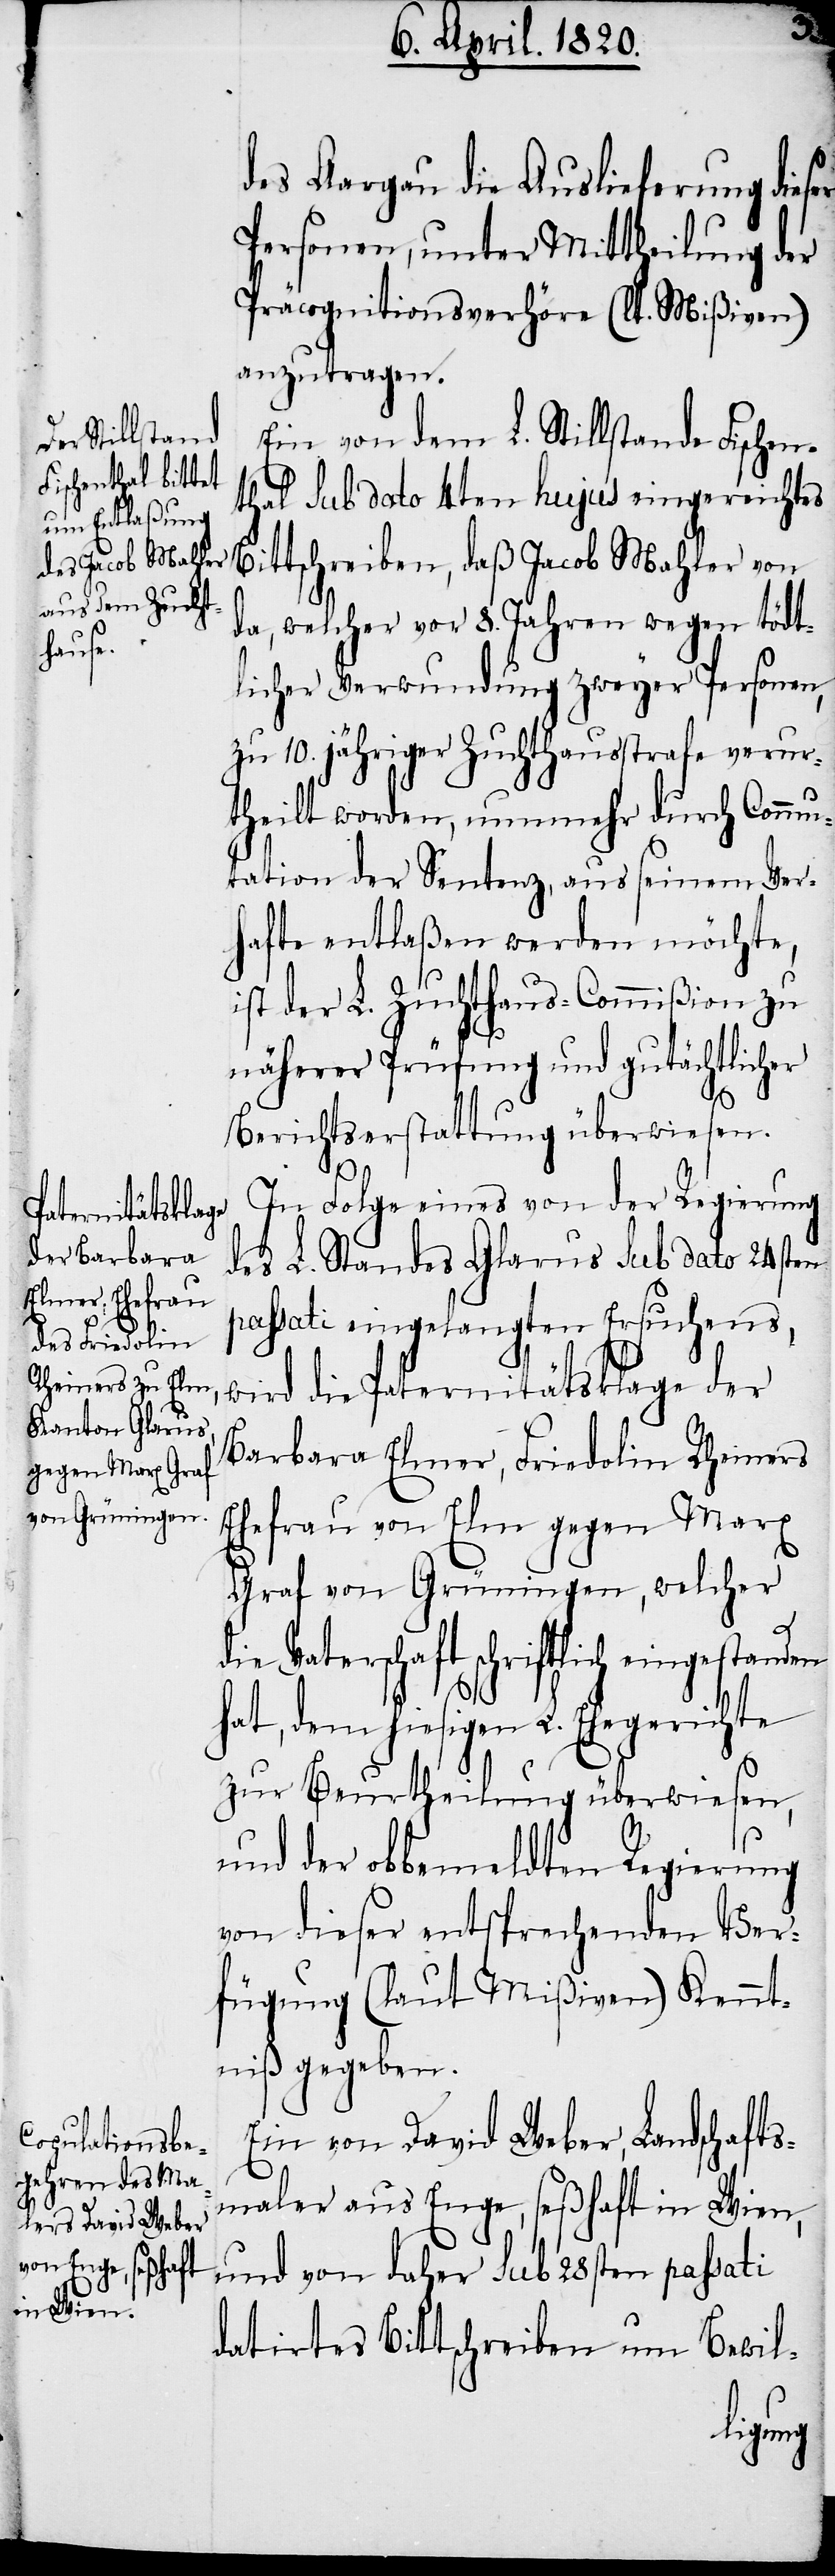
des Aargau die Auslieferung dieser
Personen, unter Mittheilung der
Präcognitionsverhöre (lt. Mißiven)
anzutragen.
Ein von dem L. Stillstande Fischen¬
thal Sub dato 4ten hujus eingereichtes
Bittschreiben, daß Jacob Mahler von
da, welcher vor 8. Jahren wegen tödt¬
licher Verwundung zweyer Personen,
zu 10. jähriger Zuchthausstrafe verur¬
theilt worden, nunmehr durch Commu¬
tation der Sentenz, aus seinem Ver¬
hafte entlaßen werden möchte,
ist der L. Zuchthaus-Commißion zu
näherer Prüfung und gutächtlicher
Berichtserstattung überwiesen.
In Folge eines von der Regierung
des L. Standes Glarus sub dato 24sten
passati eingelangten Ersuchens,
wird die Paternitätsklage der
Barbara Elmer, Friedolin Rheiners
Ehefrau von Elm gegen Marx
Graf von Grüningen, welcher
die Vaterschaft schriftlich
hat, dem hiesigen L. Ehegerichte
zur Beurtheilung überweisen,
und der obbemeldten Regierung
von dieser entsprechenden Ver¬
fügung (laut Mißiven) Kennt¬
niß gegeben.
Ein von David Weber, Landschafts¬
maler aus Enge, seßhaft in Wien,
und von daher Sub 28sten passati
datirtes Bittschreiben um Bewil-